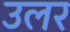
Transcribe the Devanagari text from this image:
उलर